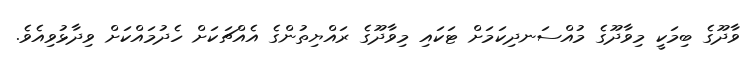
ވާދޫގެ ބިމަކީ މިވާދޫގެ މުއްސަނދިކަމަށް ޓަކައި މިވާދޫގެ ރައްޔިތުންގެ އެއްޗަކަށް ހެދުމައްކަށް ވިދާޅުވިއެވެ.